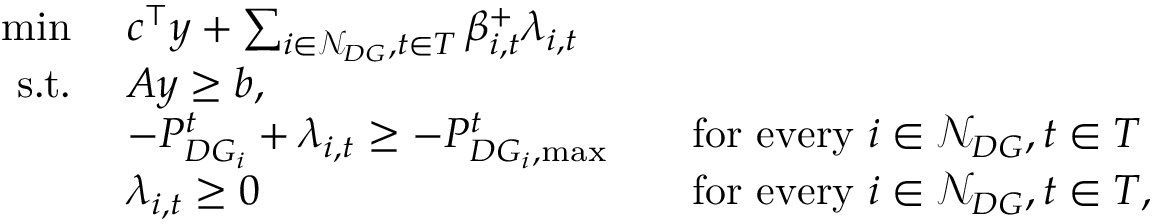
\begin{array} { r l r l } { \operatorname* { m i n } \ } & { c ^ { \top } y + \sum _ { i \in \mathcal { N } _ { D G } , t \in T } \beta _ { i , t } ^ { + } \lambda _ { i , t } } \\ { \mathrm { s . t . } \ } & { A y \geq b , } \\ & { - P _ { D G _ { i } } ^ { t } + \lambda _ { i , t } \geq - P _ { D G _ { i } , \operatorname* { m a x } } ^ { t } } & & { \mathrm { f o r ~ e v e r y ~ } i \in \mathcal { N } _ { D G } , t \in T } \\ & { \lambda _ { i , t } \geq 0 } & & { \mathrm { f o r ~ e v e r y ~ } i \in \mathcal { N } _ { D G } , t \in T , } \end{array}